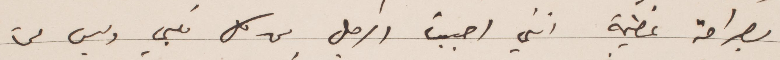
بصراحة عظيمة انني أحببت الرجل من كل قلبي وليس لي